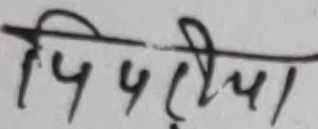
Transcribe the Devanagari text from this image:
पिपरिया